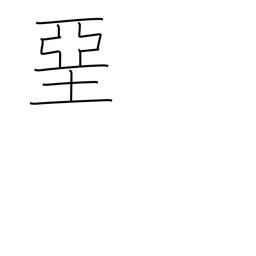
Meaning: whitewash